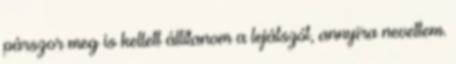
párszor meg is kellett állítanom a lejátszót, annyira nevettem.